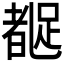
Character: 𬦼